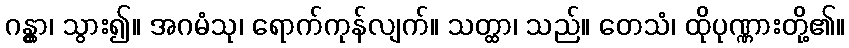
ဂန္တွာ၊ သွား၍။ အဂမံသု၊ ရောက်ကုန်လျက်။ သတ္ထာ၊ သည်။ တေသံ၊ ထိုပုဏ္ဏားတို့၏။